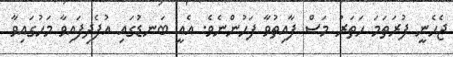
ޖެހެނީ ފުރަތަމަ ހަތަރު މަސް ފާއިތުވާ ފަހުންނެވެ. އެއީ ބަނޑުގައި އުފެދިފައިވާ މަހުގައިވާ